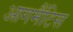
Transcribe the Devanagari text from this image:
आगमैंटिस